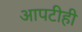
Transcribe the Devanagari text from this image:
आपटीही